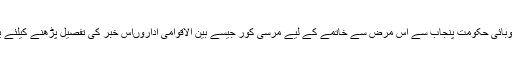
انہوں نے کہا کہ صوبائی حکومت پنجاب سے اس مرض سے خاتمے کے لیے مرسی کور جیسے بین الاقوامی اداروںاس خبر کی تفصیل پڑھنے کیلئے یہاں پر کلک کیجئے